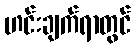
ဟင်းချက်ရာတွင်